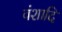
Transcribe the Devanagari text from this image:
वंशादि